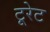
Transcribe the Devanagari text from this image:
टूरेट